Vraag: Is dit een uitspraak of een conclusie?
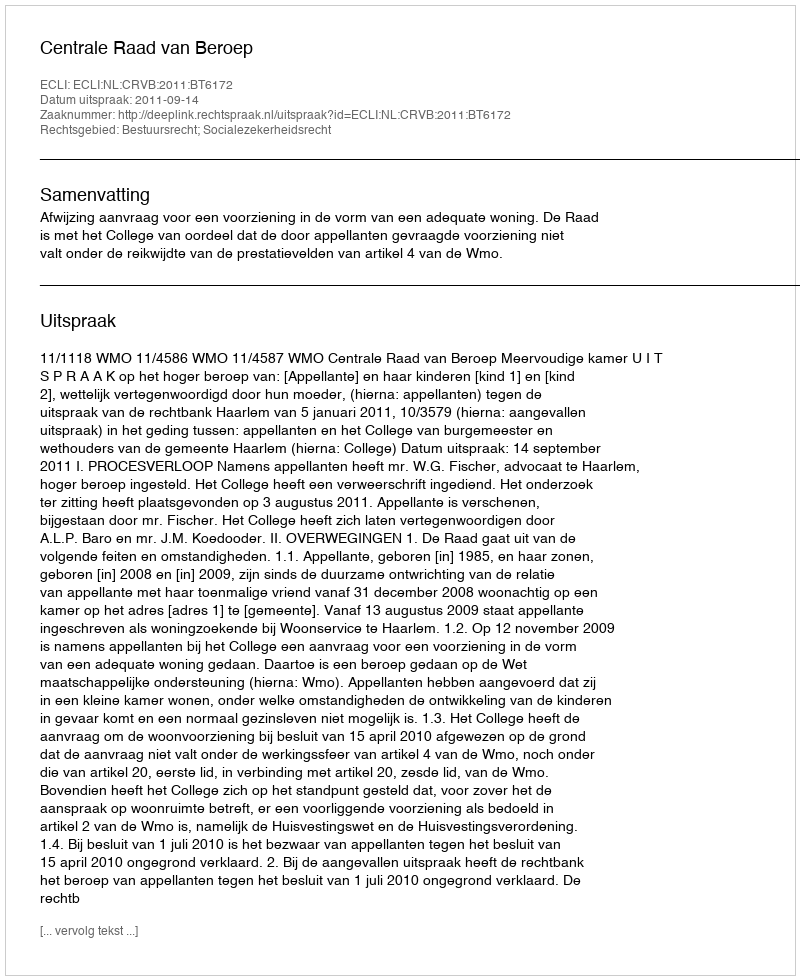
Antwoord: Uitspraak